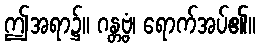
ဤအရာ၌။ ဂန္တဗ္ဗံ၊ ရောက်အပ်၏။